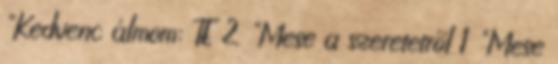
"Kedvenc álmom: TE 2 "Mese a szeretetről 1 "Mese